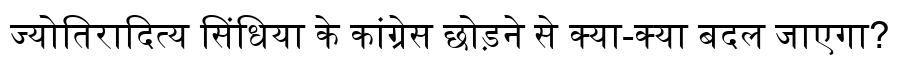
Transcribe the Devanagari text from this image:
ज्योतिरादित्य सिंधिया के कांग्रेस छोड़ने से क्या-क्या बदल जाएगा?